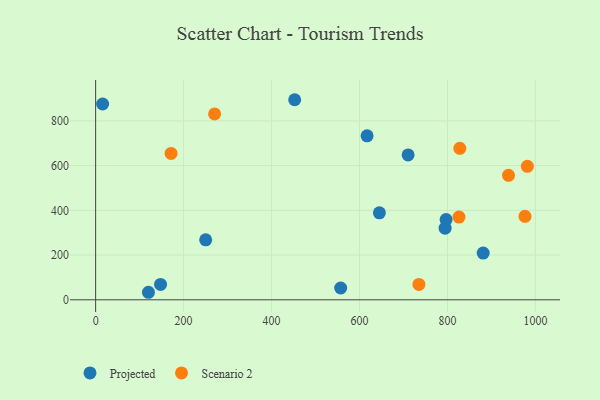
{"axis": {"x": "Ad Spend", "y": "Sales"}, "legend": ["Projected", "Scenario 2"], "data": [{"x": "147.6", "y": 68.9, "type": "Projected"}, {"x": "645.2", "y": 388.9, "type": "Projected"}, {"x": "617.2", "y": 733.1, "type": "Projected"}, {"x": "120.1", "y": 33.6, "type": "Projected"}, {"x": "710.5", "y": 647.5, "type": "Projected"}, {"x": "452.6", "y": 894.5, "type": "Projected"}, {"x": "881.2", "y": 209.0, "type": "Projected"}, {"x": "250.2", "y": 268.1, "type": "Projected"}, {"x": "15.9", "y": 875.4, "type": "Projected"}, {"x": "794.6", "y": 320.2, "type": "Projected"}, {"x": "557.2", "y": 52.7, "type": "Projected"}, {"x": "796.9", "y": 358.7, "type": "Projected"}, {"x": "826.2", "y": 370.0, "type": "Scenario 2"}, {"x": "828.1", "y": 677.4, "type": "Scenario 2"}, {"x": "735.1", "y": 68.7, "type": "Scenario 2"}, {"x": "976.3", "y": 373.3, "type": "Scenario 2"}, {"x": "270.5", "y": 831.0, "type": "Scenario 2"}, {"x": "938.8", "y": 556.7, "type": "Scenario 2"}, {"x": "171.6", "y": 654.5, "type": "Scenario 2"}, {"x": "981.7", "y": 596.6, "type": "Scenario 2"}]}